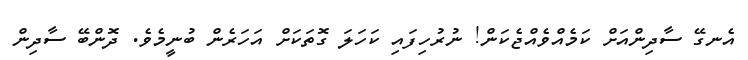
އެނގޭ ސާދިންއަށް ކަމެއްވެއްޖެކަން! ނުރުހިފައި ކަހަލަ ގޮތަކަށް އަހަރެން ބުނީމެވެ. ދޮންބޭ ސާދިން